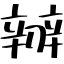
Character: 辧